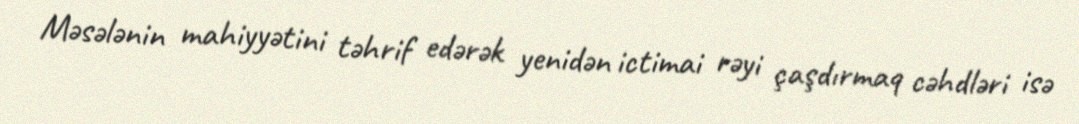
Məsələnin mahiyyətini təhrif edərək yenidən ictimai rəyi çaşdırmaq cəhdləri isə